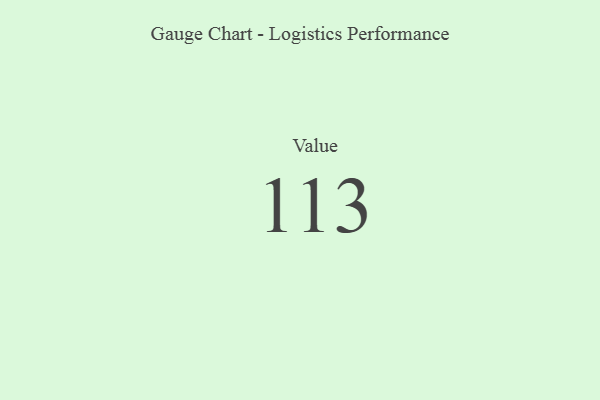
{"axis": {"x": "Metric", "y": "Value"}, "legend": [""], "data": [{"x": "Value", "y": 113, "type": ""}]}